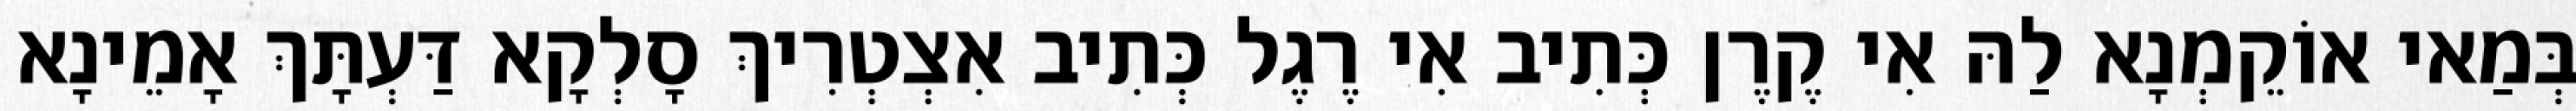
בְּמַאי אוֹקֵמְנָא לַהּ אִי קֶרֶן כְּתִיב אִי רֶגֶל כְּתִיב אִצְטְרִיךְ סָלְקָא דַּעְתָּךְ אָמֵינָא